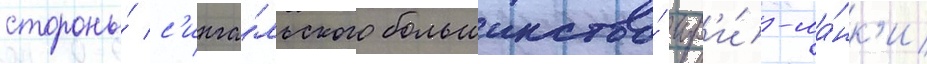
стороны́ с'инга́льского большинства́ шр'и́-ла́нк'и